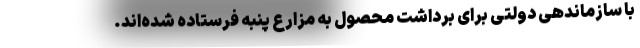
با سازماندهی دولتی برای برداشت محصول به مزارع پنبه فرستاده شده‌اند.